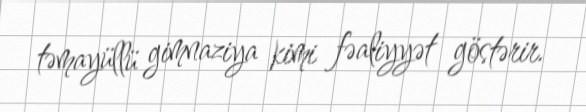
təmayüllü gimnaziya kimi fəaliyyət göstərir.